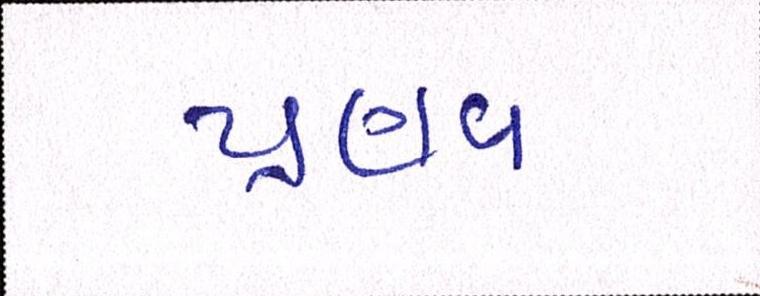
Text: પ્રણવ